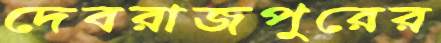
দেবরাজপুরের